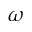
\omega